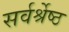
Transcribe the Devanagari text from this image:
सर्वर्श्रेष्ठ